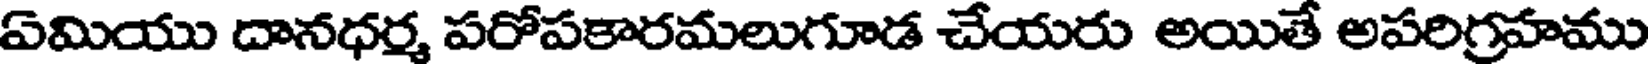
ఏమియు దానధర్మ పరోపకారమలుగూడ చేయరు అయితే అపరిగ్రహము